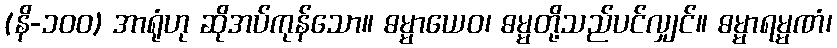
(နိ-၁၀၀) အာရုံဟု ဆိုအပ်ကုန်သော။ ဓမ္မာယေဝ၊ ဓမ္မတို့သည်ပင်လျှင်။ ဓမ္မာရမ္မဏံ၊